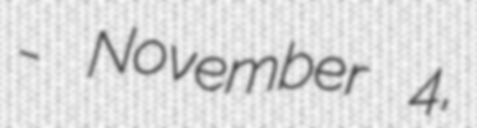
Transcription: - November 4,